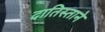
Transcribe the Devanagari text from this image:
दातिस्ताने